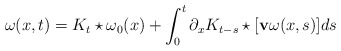
\begin{align*}\omega(x,t)=K_t\star\omega_0(x)+\int_0^t\partial_x K_{t-s}\star[\mathbf{v} \omega(x,s)]ds\end{align*}